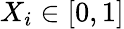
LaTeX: X_{i}\in[0,1]